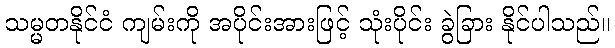
သမ္မတနိုင်ငံ ကျမ်းကို အပိုင်းအားဖြင့် သုံးပိုင်း ခွဲခြား နိုင်ပါသည်။